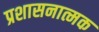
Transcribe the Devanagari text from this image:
प्रशासनात्मक